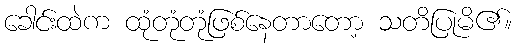
ခေါင်းထဲက ထုံတုံတုံဖြစ်နေတာတော့ သတိပြုမိ၏။